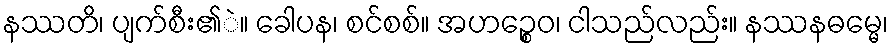
နဿတိ၊ ပျက်စီး၏ဲ။ ခေါပန၊ စင်စစ်။ အဟဉ္စေဝ၊ ငါသည်လည်း။ နဿနဓမ္မေ၊